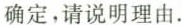
确定，请说明理由.